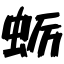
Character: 蛎